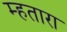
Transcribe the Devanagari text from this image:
म्हतारा